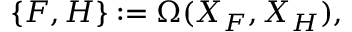
\{ F , H \} : = \Omega ( X _ { F } , X _ { H } ) ,